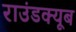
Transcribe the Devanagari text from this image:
राउंडक्यूब